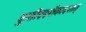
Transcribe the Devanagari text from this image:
कुसीददशैकादशात्